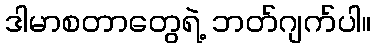
ဒါမာစတာတွေရဲ့ ဘတ်ဂျက်ပါ။